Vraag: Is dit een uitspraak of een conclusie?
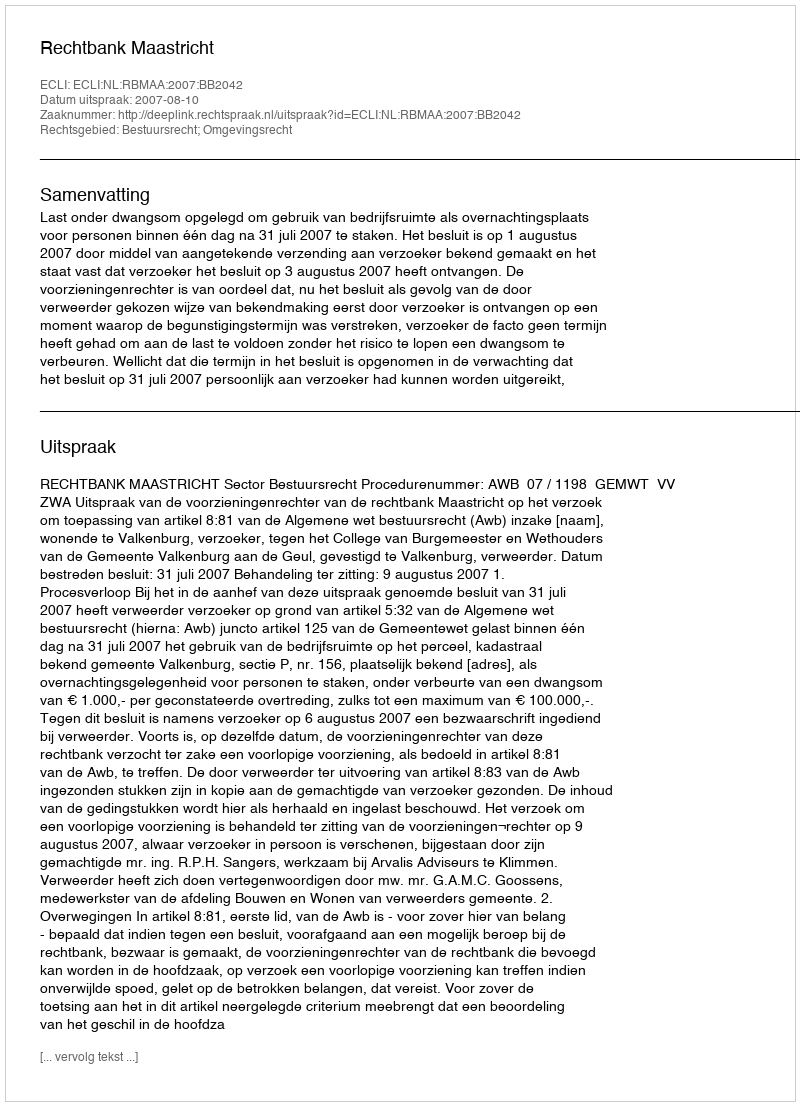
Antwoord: Uitspraak